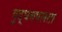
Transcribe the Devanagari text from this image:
युद्धचपलता